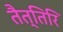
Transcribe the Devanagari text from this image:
तैत्तिरि